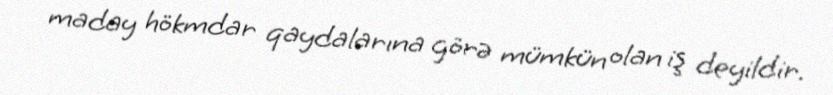
maday hökmdar qaydalarına görə mümkün olan iş deyildir.